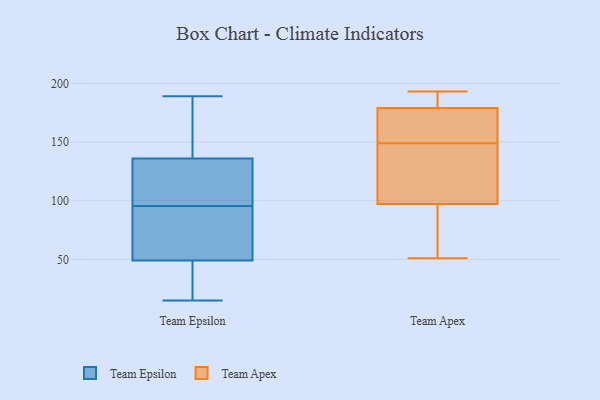
{"axis": {"x": "Website Visitors", "y": "Value"}, "legend": ["Team Apex", "Team Epsilon"], "data": [{"x": "", "y": 61, "type": "Team Epsilon"}, {"x": "", "y": 136, "type": "Team Epsilon"}, {"x": "", "y": 49, "type": "Team Epsilon"}, {"x": "", "y": 94, "type": "Team Epsilon"}, {"x": "", "y": 189, "type": "Team Epsilon"}, {"x": "", "y": 97, "type": "Team Epsilon"}, {"x": "", "y": 136, "type": "Team Epsilon"}, {"x": "", "y": 15, "type": "Team Epsilon"}, {"x": "", "y": 38, "type": "Team Epsilon"}, {"x": "", "y": 71, "type": "Team Epsilon"}, {"x": "", "y": 117, "type": "Team Epsilon"}, {"x": "", "y": 109, "type": "Team Epsilon"}, {"x": "", "y": 175, "type": "Team Epsilon"}, {"x": "", "y": 20, "type": "Team Epsilon"}, {"x": "", "y": 149, "type": "Team Apex"}, {"x": "", "y": 176, "type": "Team Apex"}, {"x": "", "y": 97, "type": "Team Apex"}, {"x": "", "y": 180, "type": "Team Apex"}, {"x": "", "y": 181, "type": "Team Apex"}, {"x": "", "y": 68, "type": "Team Apex"}, {"x": "", "y": 51, "type": "Team Apex"}, {"x": "", "y": 113, "type": "Team Apex"}, {"x": "", "y": 193, "type": "Team Apex"}, {"x": "", "y": 180, "type": "Team Apex"}, {"x": "", "y": 170, "type": "Team Apex"}, {"x": "", "y": 153, "type": "Team Apex"}, {"x": "", "y": 98, "type": "Team Apex"}, {"x": "", "y": 145, "type": "Team Apex"}, {"x": "", "y": 71, "type": "Team Apex"}]}